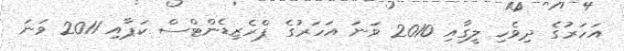
އަހަރުގެ ދިވެހި ލީގާއި 2010 ވަނަ އަހަރުގެ ޕްރެޒިޑެންޓްސް ކަޕާއި 2011 ވަނަ